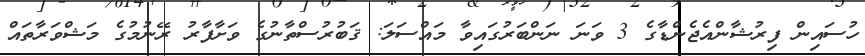
ހުސައިން ފިރުޝާންއެޖެންޑާގެ 3 ވަނަ ނަންބަރުގައިވާ މައްސަލަ: ޤަބުރުސްތާނުގެ ވަށާފާރު ރޭނުމުގެ މަޝްވަރާތައް